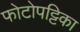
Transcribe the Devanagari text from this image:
फोटोपट्टिका